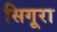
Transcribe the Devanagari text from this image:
सिगूरा